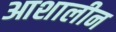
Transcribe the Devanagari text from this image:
आशालीन